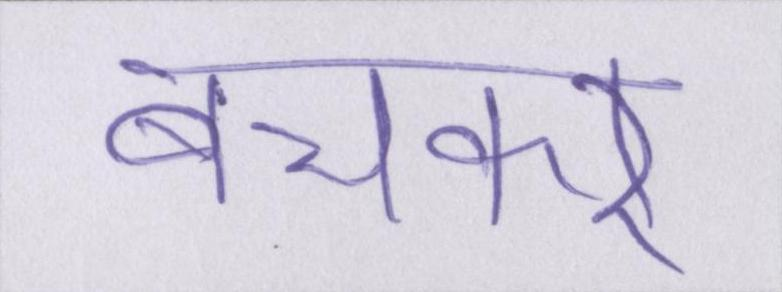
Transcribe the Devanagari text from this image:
बचकर